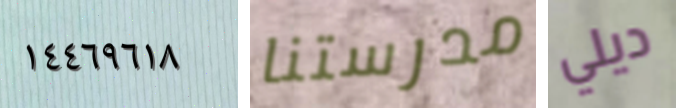
١٤٤٦٩٦١٨ مدرستنا ديلي